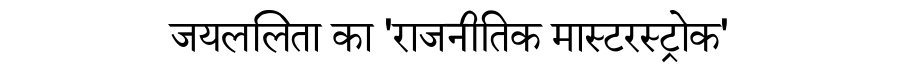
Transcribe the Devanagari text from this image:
जयललिता का 'राजनीतिक मास्टरस्ट्रोक'